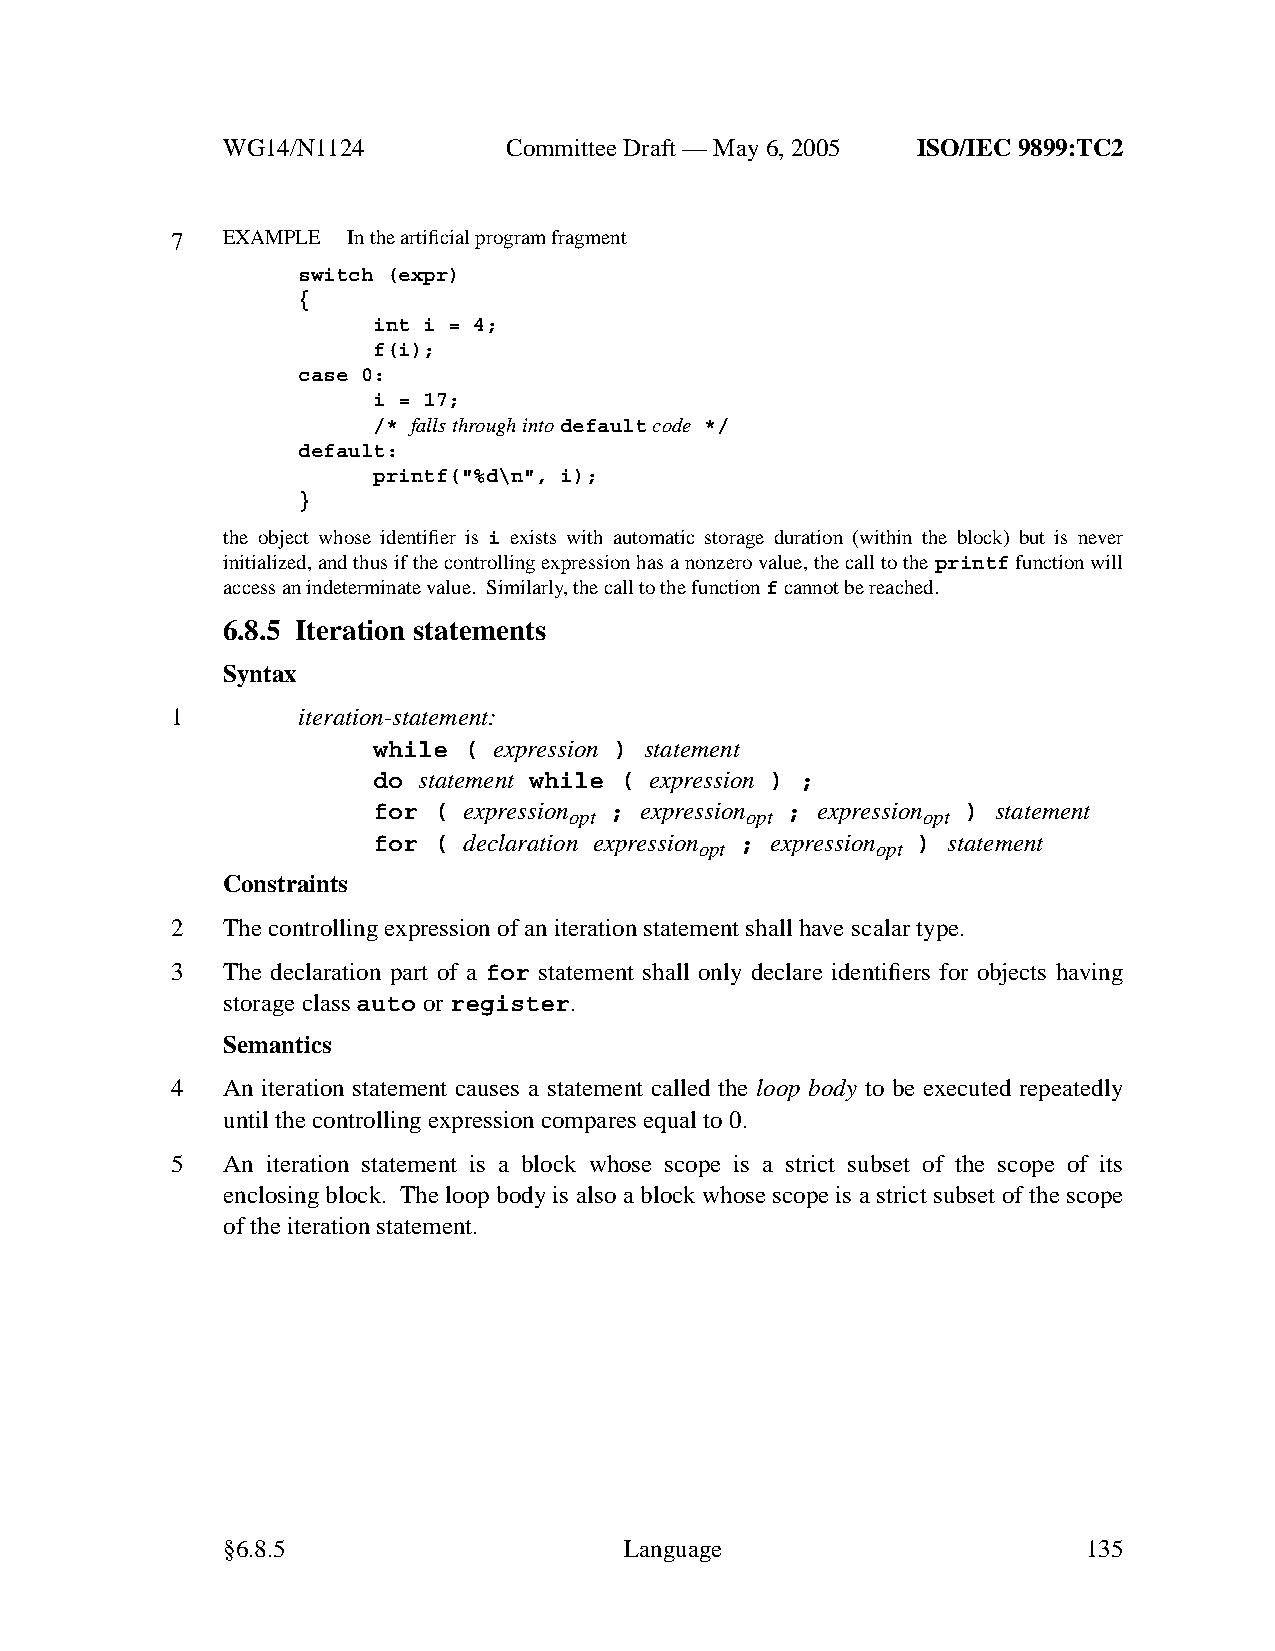
WG14/N1124        CommitteeDraft — May 6, 2005 ISO/IEC 9899:TC2
 7   EXAMPLE Inthe artificial program fragment
 switch (expr)
 {
 int i = 4;
 f(i);
 case 0:
 i = 17;
 /* falls through intodefaultcode */
 default:
 printf("%d\n", i);
 }
 the object whose identifier is i exists with automatic storage duration (within the block) but is never
 initialized, and thus if the controlling expression has a nonzero value, the call to theprintffunction will
 access an indeterminate value. Similarly,the call to the functionfcannot be reached.
 6.8.5 Iteration statements
 Syntax
 1        iteration-statement:
 while ( expression ) statement
 do statement while ( expression ) ;
 for ( expression ; expression ; expression ) statement
 opt        opt         opt
 for ( declaration expression ; expression ) statement
 opt         opt
 Constraints
 2   The controlling expression of an iteration statement shall have scalar type.
 3   The declaration part of a for statement shall only declare identifiers for objects having
 storage classauto orregister.
 Semantics
 4   An iteration statement causes a statement called the loop body to be executed repeatedly
 until the controlling expression compares equal to 0.
 5   An iteration statement is a block whose scope is a strict subset of the scope of its
 enclosing block. The loop body is also a block whose scope is a strict subset of the scope
 of the iteration statement.
 §6.8.5                    Language                       135